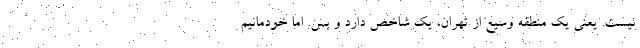
نیست. یعنی یک منطقه وسیع از تهران، یک شاخص دارد و بس. اما خودمانیم